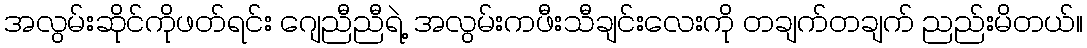
အလွမ်းဆိုင်ကိုဖတ်ရင်း ဂျေညီညီရဲ့ အလွမ်းကဖီးသီချင်းလေးကို တချက်တချက် ညည်းမိတယ်။